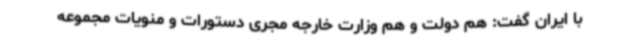
با ایران گفت: هم دولت و هم وزارت خارجه مجری دستورات و منویات مجموعه